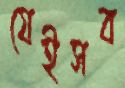
যেইসব